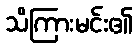
သိကြားမင်း၏